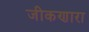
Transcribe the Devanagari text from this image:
जीकणारा